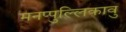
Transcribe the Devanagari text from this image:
मनप्पुल्लिकावु